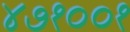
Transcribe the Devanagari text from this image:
४७१००१